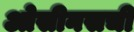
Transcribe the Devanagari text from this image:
ओसीनसची